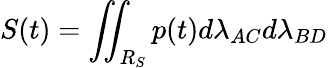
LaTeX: S(t)=\iint_{R_{S}}p(t)d\lambda_{AC}d\lambda_{BD}